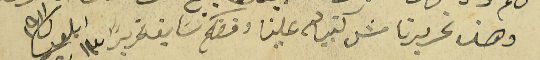
وهذ تحريرنا مش كنبياله علينا وفضلكم سابق تحريراً ١٣ ايلول /١٩١١